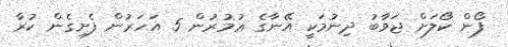
ފޯން ކޯލަށް ޖަވާބު ދިނުމަކީ އޭނާގެ ޢުމުރުން 5 އަހަރުން ފެށިގެން ކުރާ